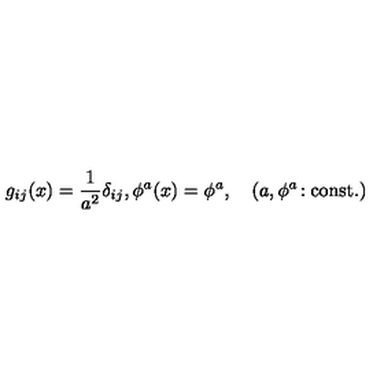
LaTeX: g _ { i j } ( x ) = { \frac { 1 } { a ^ { 2 } } } \delta _ { i j } , \phi ^ { a } ( x ) = \phi ^ { a } , \quad ( a , \phi ^ { a } \! : \mathrm { c o n s t . } )